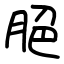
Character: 脃